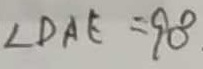
\angle D A E = 9 0 ^ { \circ }